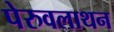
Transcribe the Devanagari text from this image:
पेरुवलाथन